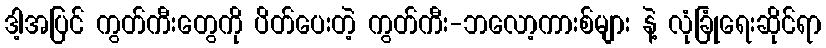
ဒါ့အပြင် ကွတ်ကီးတွေကို ပိတ်ပေးတဲ့ ကွတ်ကီး-ဘလော့ကားစ်များ နဲ့ လုံခြုံရေးဆိုင်ရာ